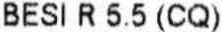
BESI R 5.5 (CQ)